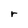
Character: r